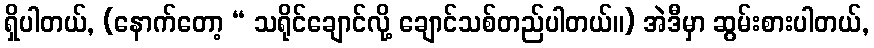
ရှိပါတယ်, (နောက်တော့ “ သရိုင်ချောင်လို့ ချောင်သစ်တည်ပါတယ်။) အဲဒီမှာ ဆွမ်းစားပါတယ်,